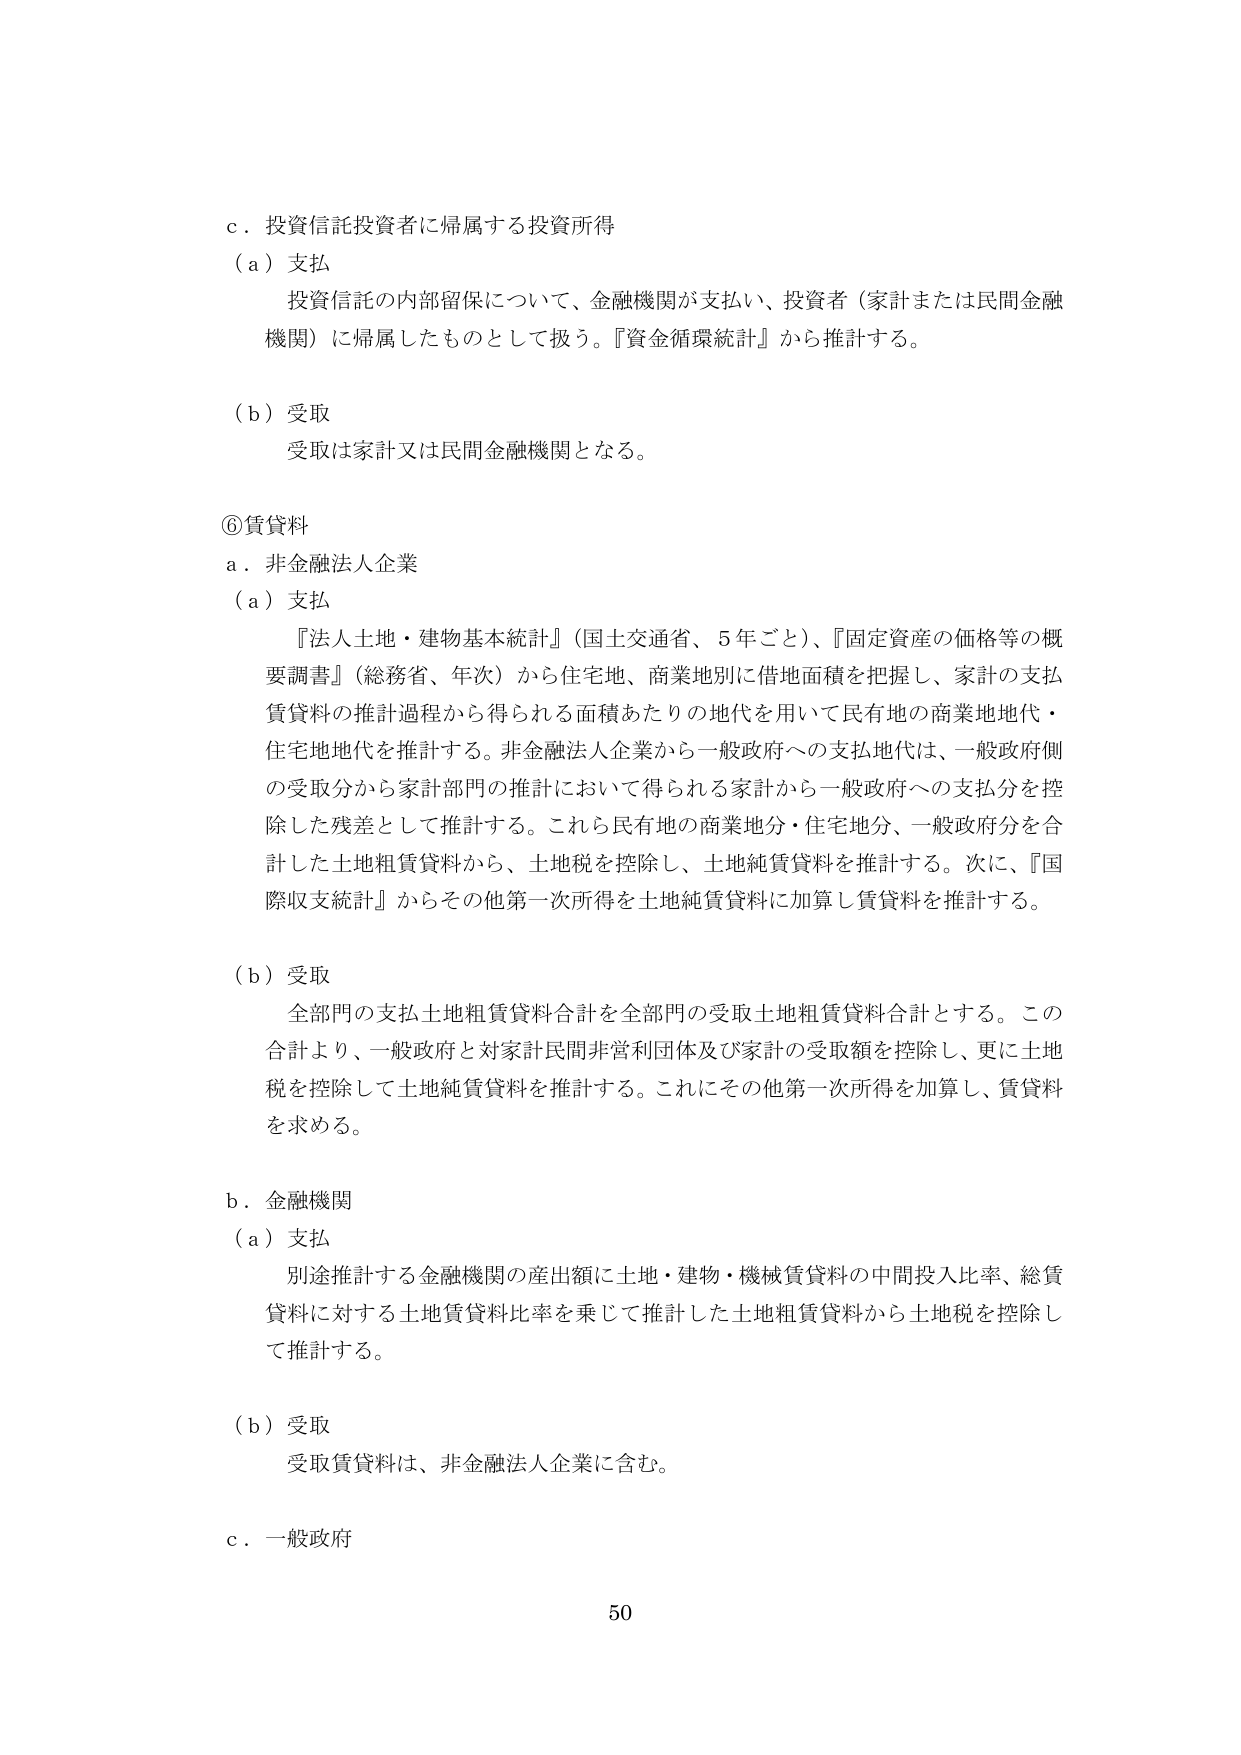
c．投資信託投資者に帰属する投資所得
（a）支払
　投資信託の内部留保について、金融機関が支払い、投資者（家計または民間金融機関）に帰属したものとして扱う。『資金循環統計』から推計する。

（b）受取
　受取は家計又は民間金融機関となる。

⑥賃貸料
a．非金融法人企業
（a）支払
　『法人土地・建物基本統計』（国土交通省、5年ごと）、『固定資産の価格等の概要調書』（総務省、年次）から住宅地、商業地別に借地面積を把握し、家計の支払賃貸料の推計過程から得られる面積あたりの地代を用いて民有地の商業地地代・住宅地地代を推計する。非金融法人企業から一般政府への支払地代は、一般政府側の受取分から家計部門の推計において得られる家計から一般政府への支払分を控除した残差として推計する。これら民有地の商業地分・住宅地分、一般政府分を合計した土地粗賃貸料から、土地税を控除し、土地純賃貸料を推計する。次に、『国際収支統計』からその他第一次所得を土地純賃貸料に加算し賃貸料を推計する。

（b）受取
　全部門の支払土地粗賃貸料合計を全部門の受取土地粗賃貸料合計とする。この合計より、一般政府と対家計民間非営利団体及び家計の受取額を控除し、更に土地税を控除して土地純賃貸料を推計する。これにその他第一次所得を加算し、賃貸料を求める。

b．金融機関
（a）支払
　別途推計する金融機関の産出額に土地・建物・機械賃貸料の中間投入比率、総賃貸料に対する土地賃貸料比率を乗じて推計した土地粗賃貸料から土地税を控除して推計する。

（b）受取
　受取賃貸料は、非金融法人企業に含む。

c．一般政府

50